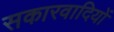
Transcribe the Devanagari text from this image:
सकारवादियों